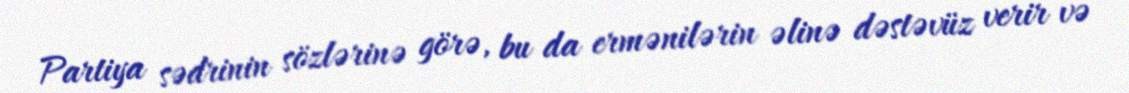
Partiya sədrinin sözlərinə görə, bu da ermənilərin əlinə dəstəvüz verir və